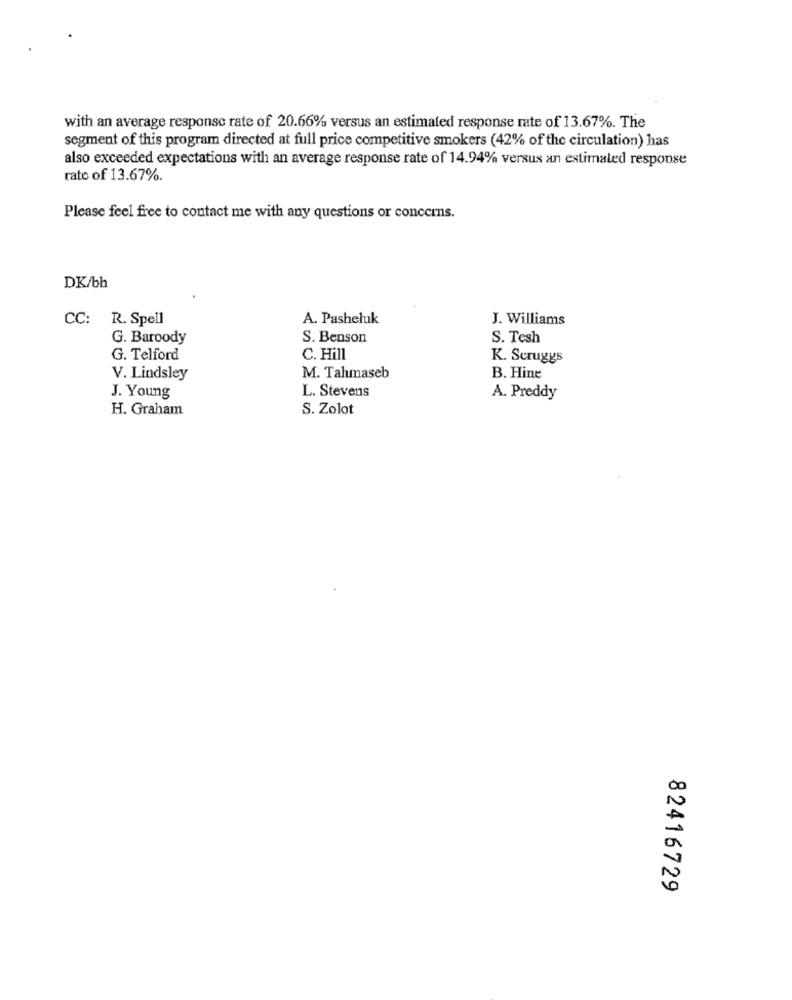
with an average response rate of 20.66% versus an estimated response rate of 13.67%. The
segment of this program directed at full price competitive smokers (42% of the circulation) has
also exceeded expectations with an average response rate of 14.94% versus an estimated response
rate of 13.67%.
Please feel free to contact me with any questions or concerns.
DK/bh
CC: R. Spell
A. Pasheluk
J. Williams
G. Baroody
S. Benson
S. Tesh
G. Telford
C. Hill
K. Scruggs
V. Lindsley
M. Tahmaseb
B. Hine
L. Stevens
J. Young
A. Preddy
H. Graham
S. Zolot
82416729